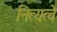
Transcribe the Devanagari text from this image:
नित्यत्वे